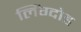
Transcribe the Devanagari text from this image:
लिंग्दोह